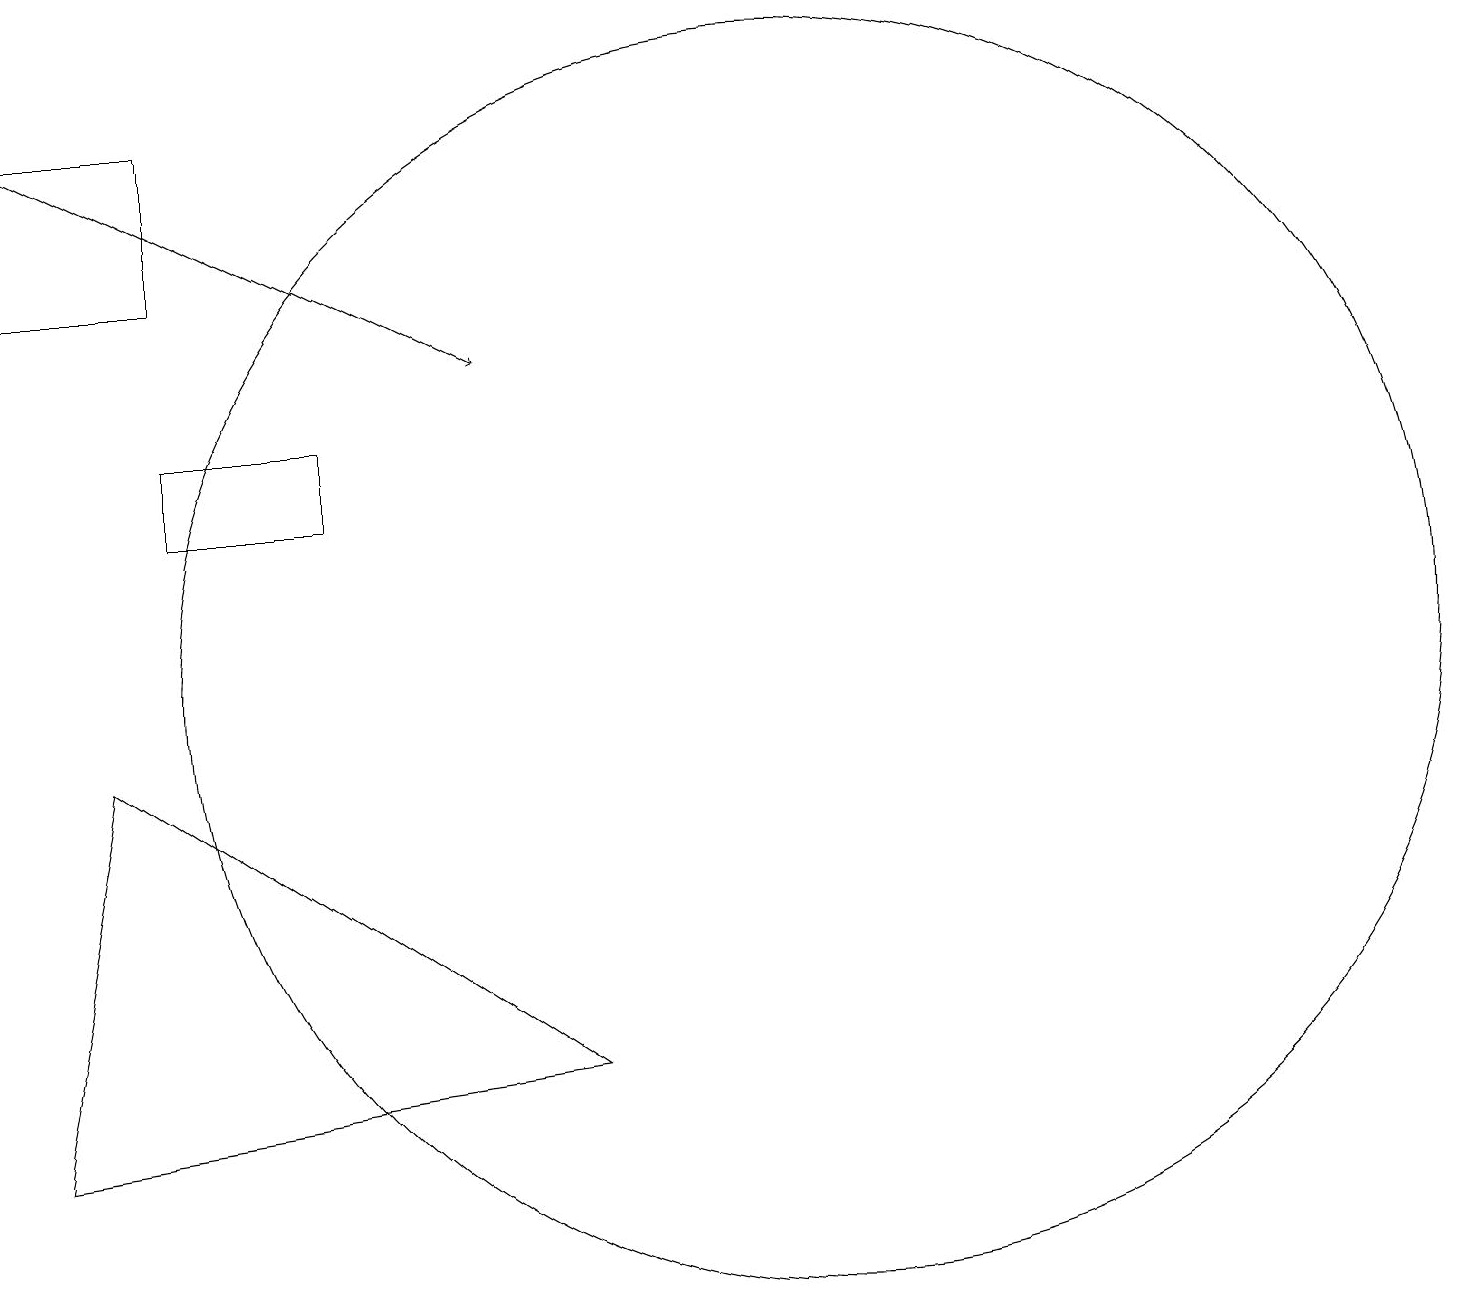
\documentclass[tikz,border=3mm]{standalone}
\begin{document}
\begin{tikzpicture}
\draw (6,12) rectangle (4,13);
\draw (2,15) rectangle (4,17);
\draw (9,5) -- (3,9) -- (2,4) -- cycle;
\draw[->] (2,17) -- (8,14);
\draw (12,10) circle (8);
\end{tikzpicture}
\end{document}